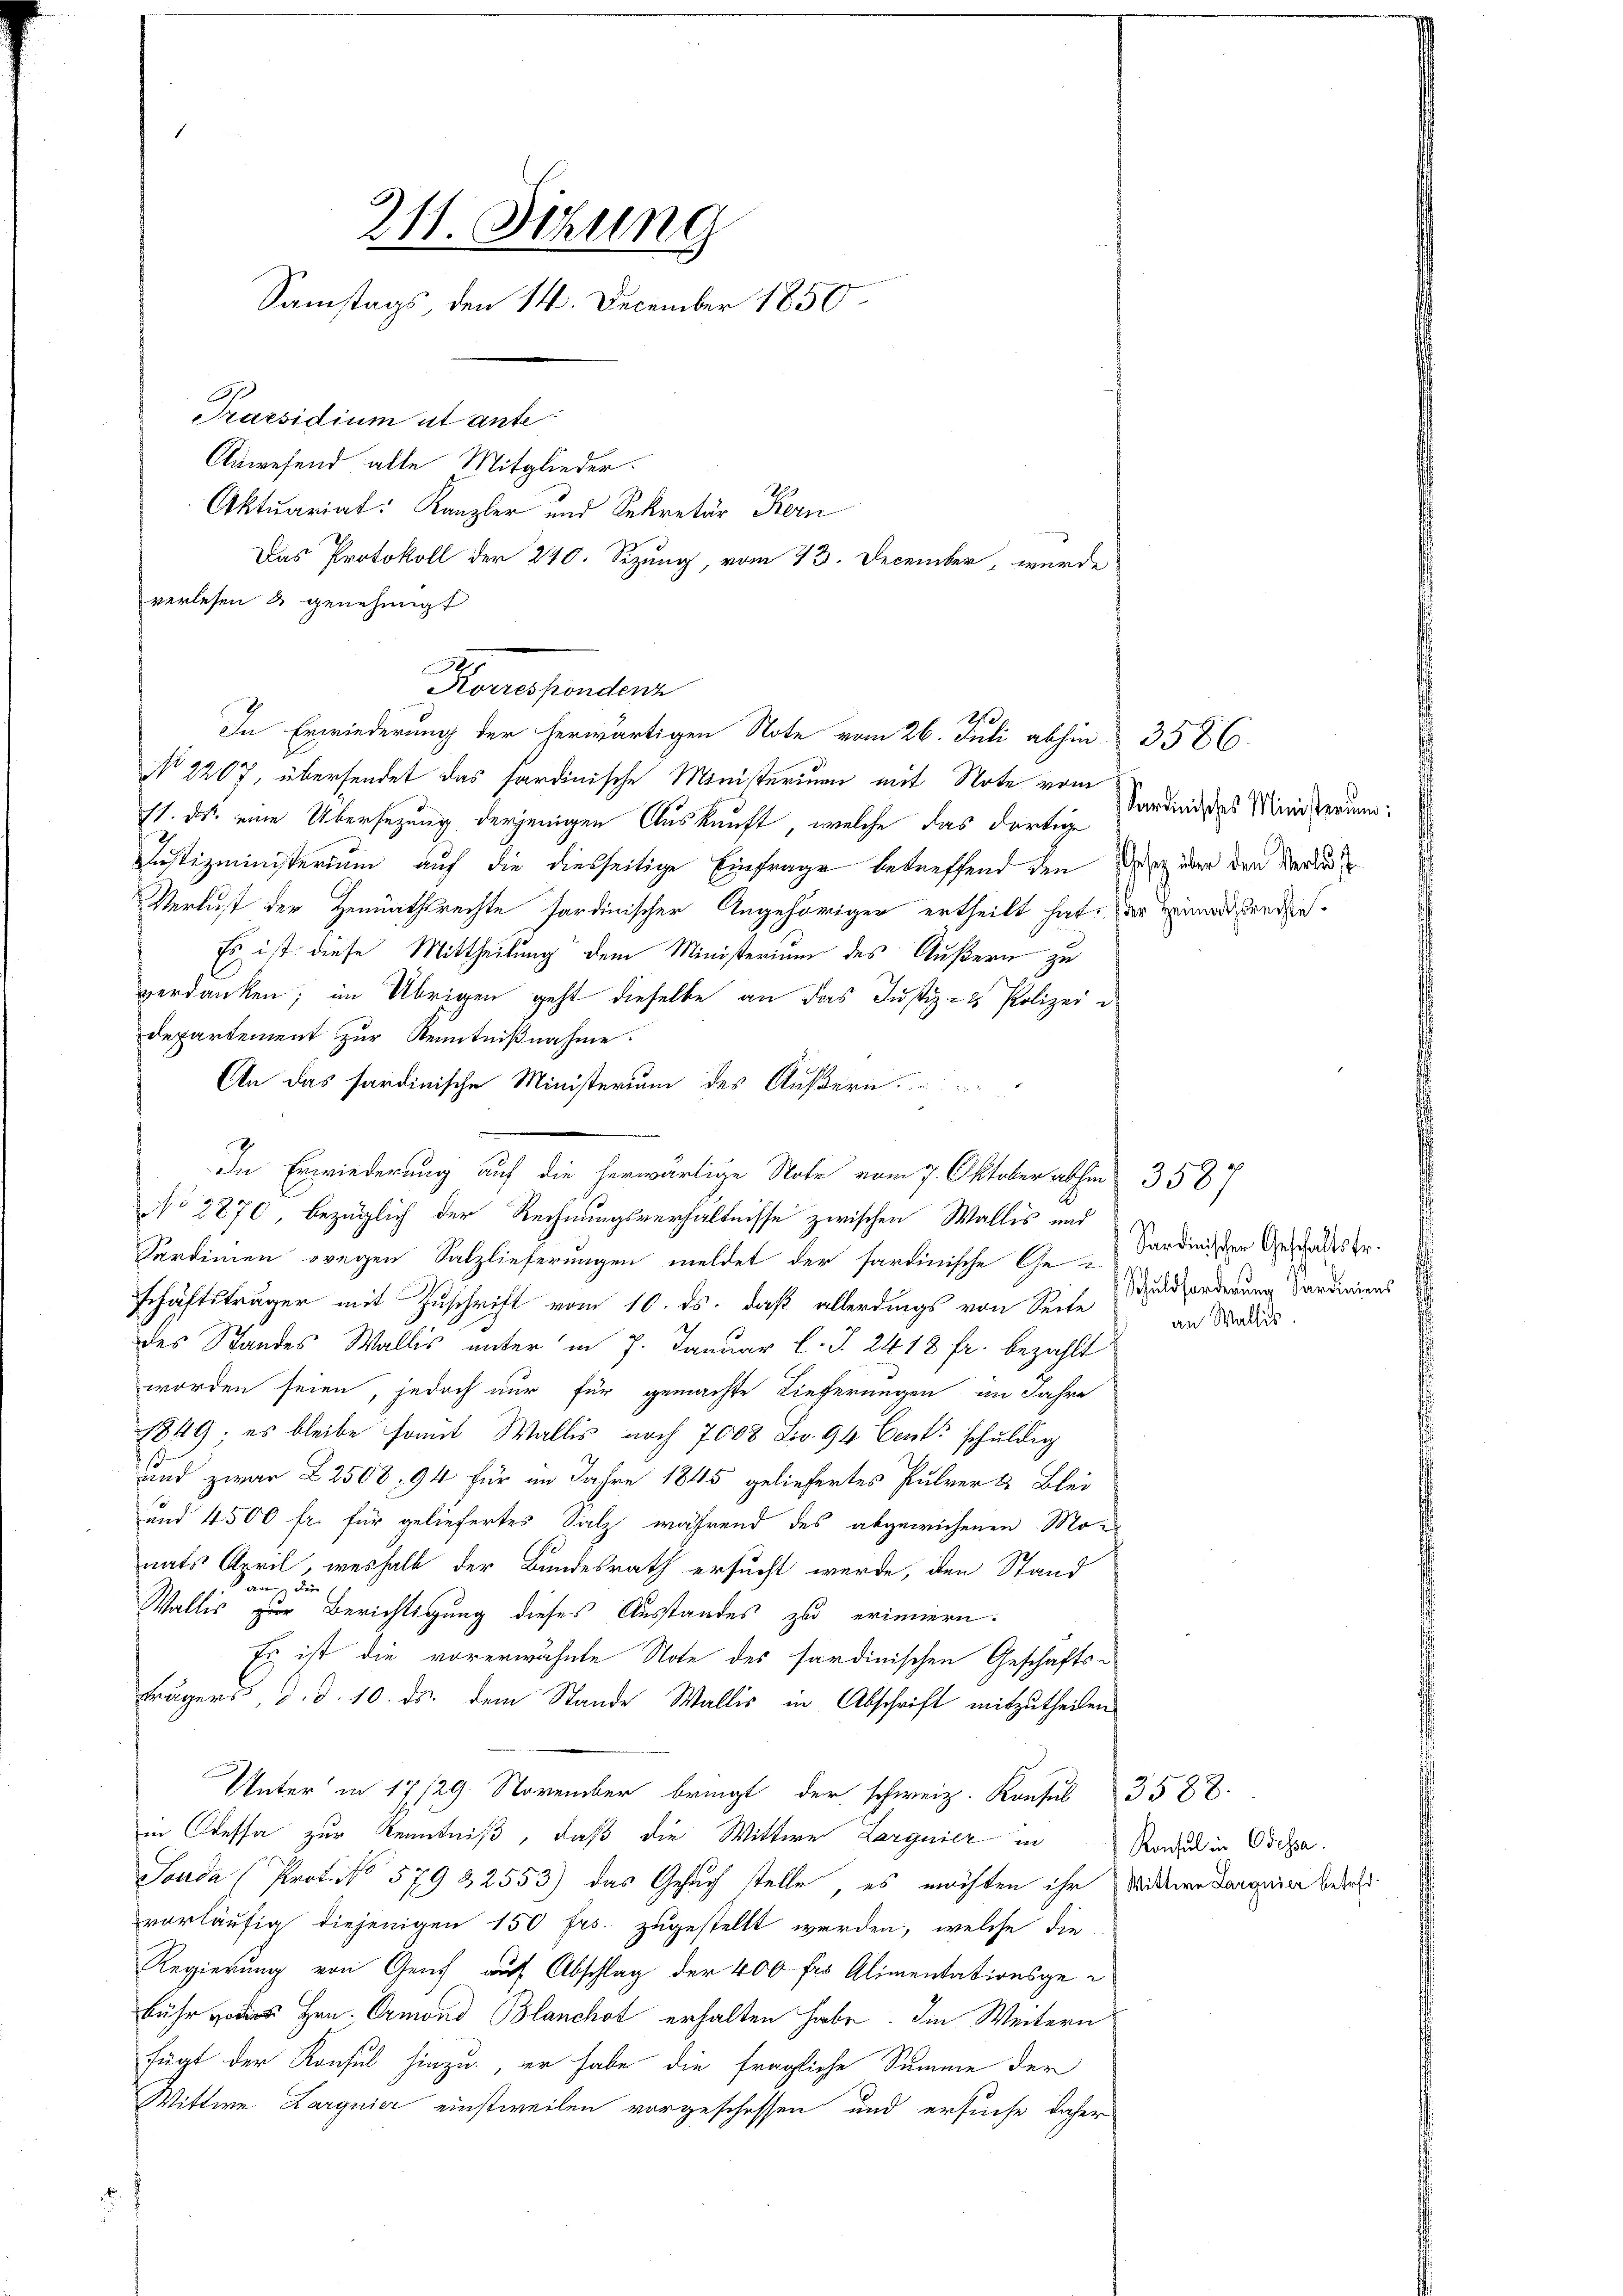
211. Sizung
Samstags, den 14. December 1850.
Praesidium ut ante
Anwesend alle Mitglieder.
Aktuariat: Kanzler und Sekretär Kern

Das Protokoll der 240. Sizung, vom 23. December, wurde
N 2207, übersendet das sardinische Ministerium mit Note vom
st. ds. eine Übersezung derjenigen Auskunft, welche das dortige
Justizministerium auf die diesseitige Einfrage betreffend den Merz über den Verlus
Verlust der Heimathsrechte fardinischer Angehöriger ertheilt hat, der Eine reden¬
Es ist diese Mittheilung dem Ministerium des Äußern zu
verdanken; im Übrigen geht dieselbe an das Justiz- & Polizei e
departement zur Kenntnißnahme.
An das sardinische Ministerium des Äußern.
In Erwiederung auf die herwärtige Note vom 7. Oktober abhin 3587
No 2870 bezüglich der Rechnungsverhältnisse zwischen Wallis und
Serdinien wegen Salzlieferungen meldet der sardinische Ge-Sardinister Geschades Er.
Schäftsträger mit Zuschrift vom 10. ds. daß allerdings von Seite
R
des Standes Wallis unter in 7. Januar l. J. 2418 fr. bezahlt
worden seien, jedoch nur für gemachte Lieferungen im Jahre
1849; es bleibe somit Wallis noch 7008 Lo. 94 Cent schuldig
und zwar 22508, 94 für im Jahre 1845 geliefertes Pulver & Blei
und 4500 fr. für geliefertes Salz während des abgewichenen Monats April, weshalb der Bundesrath ersucht werde, den Stand
an die
Wallis zur Berichtigung dieses Ausstandes zu erinnern.
Es ist die vorerwähnte Note des sardinischen Geschäfts-
Frägers, d. d. 10. ds. dem Stande Wallis in Abschrift mitzutheilen
Unter in 17/29. November bringt der schweiz. Konsul 3588.
in Cressa zur Kenntniß, daß die Wittwe Larguier in
Jonda (Prof. No 579 32553) das Gesuch stelle, es möchten ihr Mitter dargen bereits
vorläufig diejenigen 150 frs. zugestellt werden, welche die
Regierung von Genf auf Abschlag der 400 fr Alimentationsgebühr voies Hrn. Ormond Blanchot erhalten habe. Im Weitern
fügt der Konsul hinzu, er habe die fragliche Summe der
Wittwe Larguier einstweilen vorgeschessen und ersuche daher

verlesen & genehmigt
Korrespondern

e
In Erwiederung der herwärtigen Note vom 26. Juli abhin-

3586.
Sardinisches Ministerium:

Schuldforderung Sardiniens
an Wallis.

Konsul in Odessa.